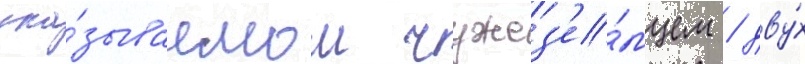
ука́зываемом чужез'е́мцем / дву́х